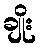
ချိုး